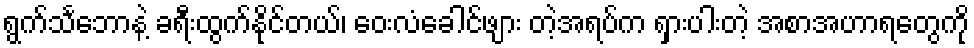
ရွက်သင်္ဘောနဲ့ ခရီးထွက်နိုင်တယ်၊ ဝေးလံခေါင်ဖျား တဲ့အရပ်က ရှားပါးတဲ့ အစာအဟာရတွေကို